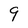
Character: 9